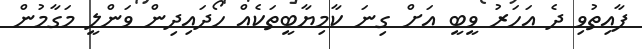
ފާއިތުވި ދެ އަހަރު ވީބީ އަށް ގިނަ ކާމިޔާބީތަކެއް ހޯދައިދިން ވަންލީ މަގާމުން